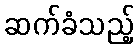
ဆက်ခံသည့်